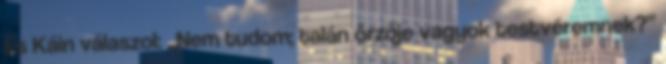
És Káin válaszol: „Nem tudom; talán őrzője vagyok testvéremnek?”